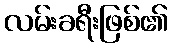
လမ်းခရီးဖြစ်၏